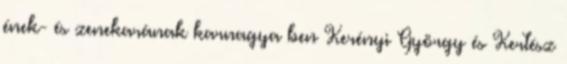
ének- és zenekarának karnagya ben Kerényi György és Kertész